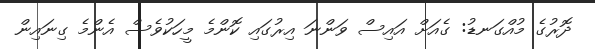
ދޮރުގެ މުއްގަނޑު: ގެއަށް އައިސް ވަންނަ އިރުގައި ކޮންމެ މީހަކުވެސް އެންމެ ގިނައިން